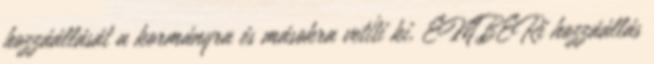
hozzáállását a kormányra és másokra vetíti ki, EMBERi hozzáállás